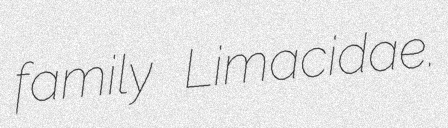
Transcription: family Limacidae.